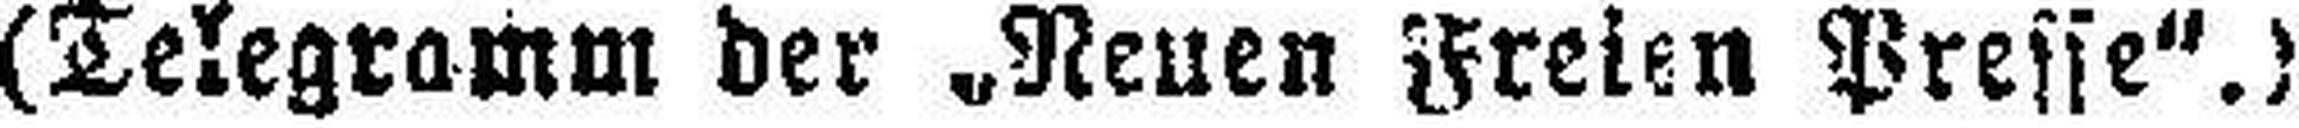
(Telegramm der „Neuen Freien Presse“.)